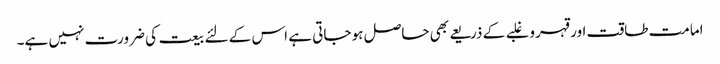
امامت طاقت اور قہر و غلبے کے ذریعے بھی حاصل ہو جاتی ہے اس کے لئے بیعت کی ضرورت نہیں ہے۔